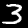
Digit: 3